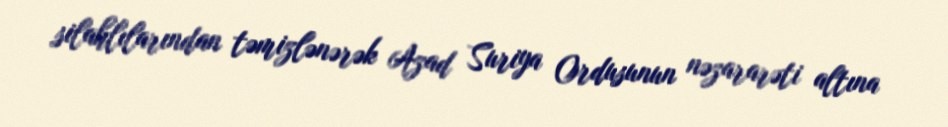
silahlılarından təmizlənərək Azad Suriya Ordusunun nəzararəti altına